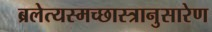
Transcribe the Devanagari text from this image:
ब्रलेत्यस्मच्छास्त्रानुसारेण